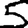
Digit: 5